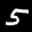
Label: 5